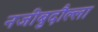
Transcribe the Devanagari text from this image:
नजीबुदौल्ला